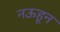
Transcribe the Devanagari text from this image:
नऊहून